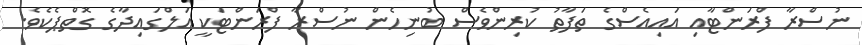
ނުސްރާ ފްރަންޓާއި އައިއެސްގެ ތަފާތު ކުރިންވެސް ބުނިހެން ނުސްރާ ފްރަންޓަކީ އަލްގައިދާގެ ގޮތްޕެކެވެ.